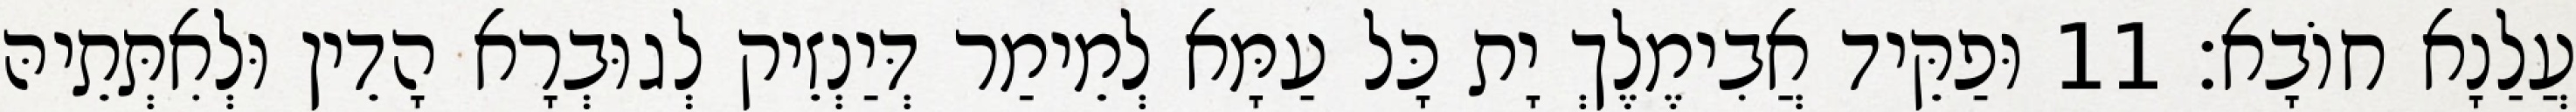
עֲלַנָא חוֹבָא׃ 11 וּפַקֵּיד אֲבִימֶלֶךְ יָת כָּל עַמָּא לְמֵימַר דְּיַנְזֵיק לְגוּבְרָא הָדֵין וּלְאִתְּתֵיהּ